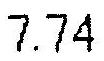
7.74